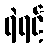
ရဲရင့်